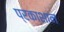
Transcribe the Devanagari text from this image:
प्रकाशान